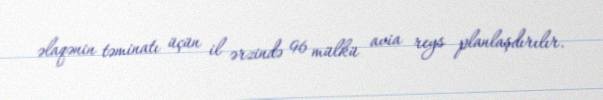
əlaqənin təminatı üçün il ərzində 96 mülkü avia reys planlaşdırılır.